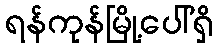
ရန်ကုန်မြို့ပေါ်ရှိ